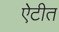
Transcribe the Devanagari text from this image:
ऐटीत